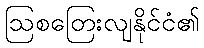
ဩစတြေးလျနိုင်ငံ၏